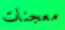
معجنات